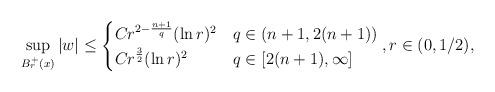
LaTeX: \begin{align*}\sup\limits_{B_r^+(x)}|w| \leq \begin{cases}Cr^{2-\frac{n+1}{q}} (\ln r)^2 & q\in (n+1,2(n+1))\\Cr^{\frac{3}{2}} (\ln r)^2 & q \in [2(n+1),\infty]\end{cases},r\in (0,1/2),\end{align*}